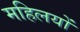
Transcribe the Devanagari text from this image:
महिलयों